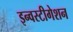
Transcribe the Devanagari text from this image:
इन्वस्टीगेशन